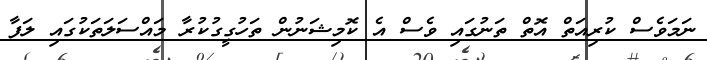
ނަމަވެސް ކުރިއަތް އޮތް ތަނުގައި ވެސް އެ ކޮމިޝަނުން ތަހުގީގުކުރާ މައްސަލަތަކުގައި ލަފާ